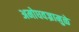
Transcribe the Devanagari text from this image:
अमोघवज्रामुळे